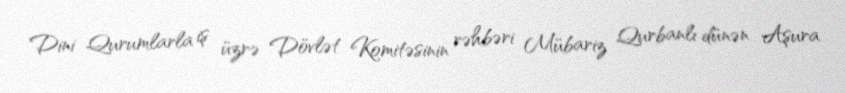
Dini Qurumlarla iş üzrə Dövlət Komitəsinin rəhbəri Mübariz Qurbanlı dünən Aşura